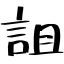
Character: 詛